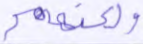
ولكنهم